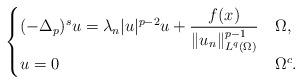
LaTeX: \begin{align*}\begin{cases}(-\Delta_p)^s u=\lambda_n |u|^{p-2}u + \dfrac{f(x)}{\|u_n\|_{\scriptstyle L^{q}(\Omega)}^{p-1}} &\Omega,\\u=0 &\Omega^c.\end{cases}\end{align*}